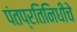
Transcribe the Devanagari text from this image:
पंतप्रतिनिधींचे